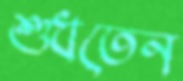
শুধতেন